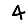
Digit: 4